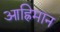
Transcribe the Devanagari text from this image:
आह्रिमान